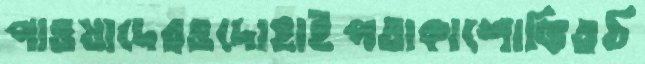
পাওয়াদেরওদোহাইপতাকাশোভিতঠ